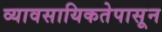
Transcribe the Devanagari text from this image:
व्यावसायिकतेपासून